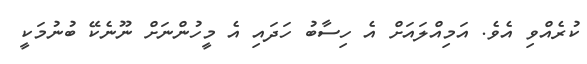
ކުރެއްވި އެވެ. އަމިއްލައަށް އެ ހިސާބު ހަދައި އެ މީހުންނަށް ނޫނެކޭ ބުނުމަކީ